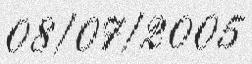
08/07/2005